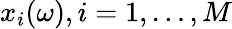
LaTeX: x_{i}(\omega),i=1,\ldots,M